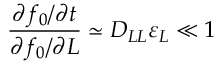
\frac { \partial f _ { 0 } / \partial t } { { \partial f _ { 0 } } / { \partial L } } \simeq D _ { L L } \varepsilon _ { L } \ll 1